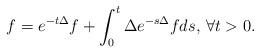
LaTeX: \begin{align*}f=e^{-t\Delta}f+\int_{0}^{t}\Delta e^{-s\Delta}f ds,\,\forall t>0.\end{align*}